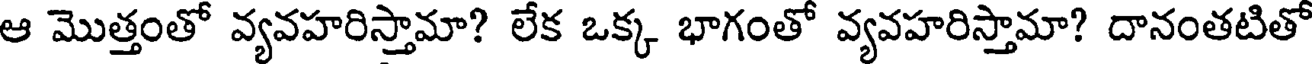
ఆ మొత్తంతో వ్యవహరిస్తామా? లేక ఒక్క భాగంతో వ్యవహరిస్తామా? దానంతటితో